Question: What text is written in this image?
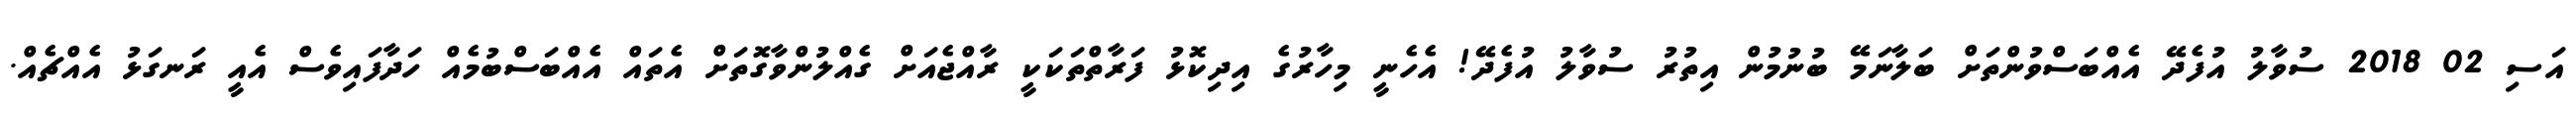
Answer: އަސި 02 2018 ސުވާލު އުފެދޭ އެއްބަސްވުންތަށް ބަލާނަމޭ ބުނުމުން އިތުރު ސުވާލު އުފެދޭ! އެހެނީ މިހާރުގެ އިދިކޮޅު ފަރާތްތަކަކީ ރާއްޖެއަށް ގެއްލުންވާގޮތަށް އެތައް އެއްބަސްބުމެއް ހަދާފައިވެސް އެއީ ރަނގަޅު އެއްޗެއް.